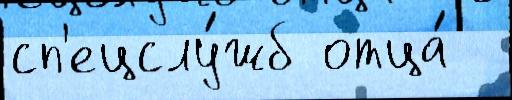
сп'ецслу́жб отца́